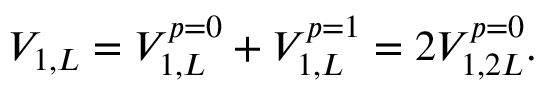
V _ { 1 , L } = V _ { 1 , L } ^ { p = 0 } + V _ { 1 , L } ^ { p = 1 } = 2 V _ { 1 , 2 L } ^ { p = 0 } .